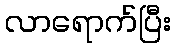
လာရောက်ပြီး